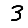
Digit: 3